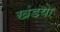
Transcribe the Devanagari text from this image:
खंडया